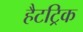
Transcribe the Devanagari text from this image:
हैटट्रिक